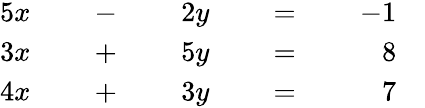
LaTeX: {\begin{array}{rlrlrlrlrl}{{5}x}&{}&{\; -\; }&{}&{2y}&{}&{\; =\; }&{}&{-1}&{}\\ {3x}&{}&{\; +\; }&{}&{5y}&{}&{\; =\; }&{}&{8}&{}\\ {4x}&{}&{\; +\; }&{}&{3y}&{}&{\; =\; }&{}&{7}&{}\end{array}}